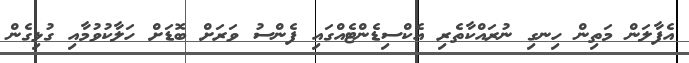
އެފާލަން މަތިން ހިނގި ނުރައްކާތެރި އެކްސިޑެންޓެއްގައި ފެންސު ވަރަށް ބޮޑަށް ހަލާކުވުމާއި ގުޅިގެން